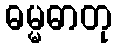
ဓမ္မဓာတု